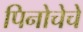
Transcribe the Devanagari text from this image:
पिनोचेचे